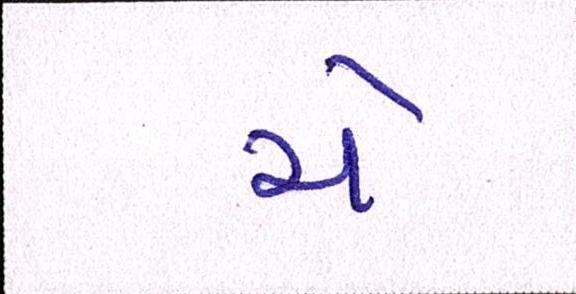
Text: ચે